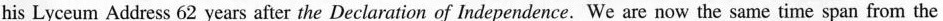
his Lyceum Address 62 years after the Declaration of Independence. We are now the same time span from the